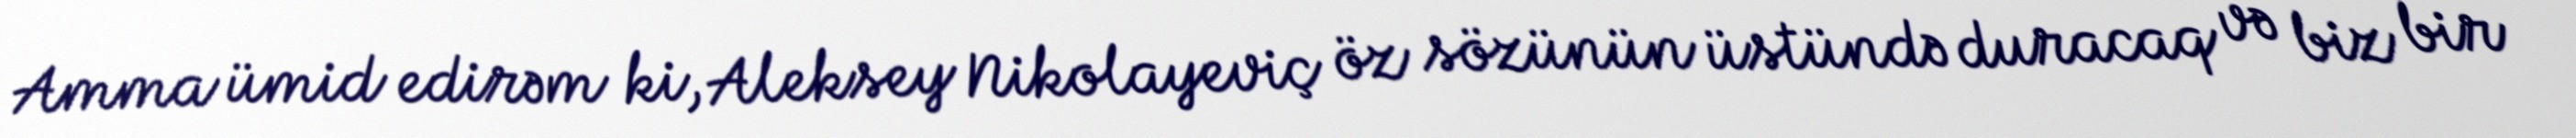
Amma ümid edirəm ki, Aleksey Nikolayeviç öz sözünün üstündə duracaq və biz bir